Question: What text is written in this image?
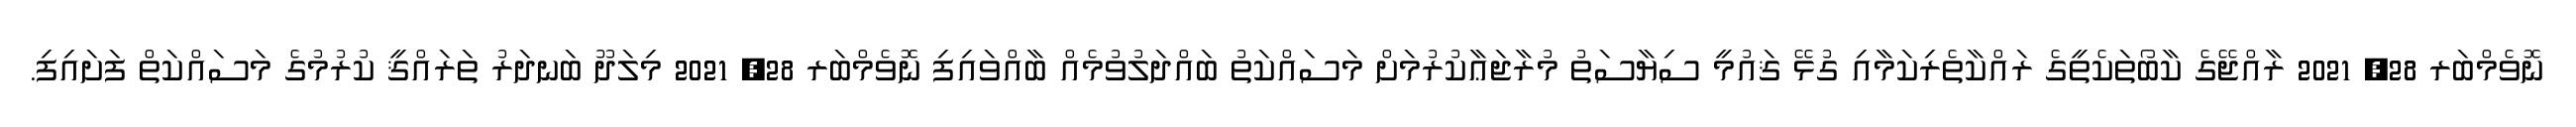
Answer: ނޮވެމްބަރ 28, 2021 ރާއްޖޭގެ ކާބޯތަކެތީގެ ރައްކާތެރިކަމާއި ގުޅޭ ޤައުމީ ސިޔާސަތު މުރާޖަޢާކުރުމަށް މަސައްކަތު ބައްދަލުވުމެއް ބާއްވައިފި ނޮވެމްބަރ 28, 2021 މިލަދޫ ބަނދަރު ތަރައްޤީ ކުރުމުގެ މަސައްކަތް ފަށައިފި.